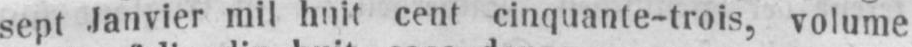
sept Janvier mil huit cent cinquante-trois, volume